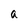
Character: a